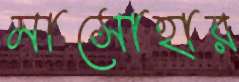
মাসোহার